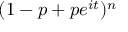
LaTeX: \! \, ( 1 - p + p e ^ { i t } ) ^ { n }